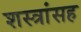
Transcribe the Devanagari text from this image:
शस्त्रांसह